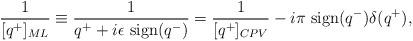
LaTeX: \begin{align*}{1\over {[q^+]_{ML}}}\equiv {1\over {q^++i\epsilon \ {\rm sign}(q^-)}} ={1\over {[q^+]_{CPV}}}-i\pi \ {\rm sign}(q^-)\delta (q^+),\end{align*}